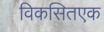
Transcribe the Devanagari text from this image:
विकसितएक